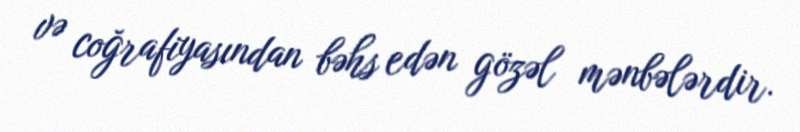
və coğrafiyasından bəhs edən gözəl mənbələrdir.